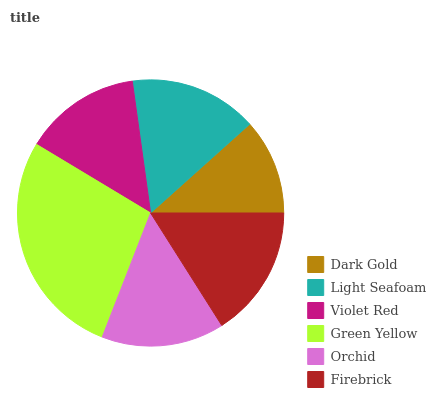
| Dark Gold | Light Seafoam | Violet Red | Green Yellow | Orchid | Firebrick |
 | --- | --- | --- | --- | --- | --- |
 | 11.6% | 15.6% | 14.2% | 27.7% | 14.9% | 16.1% |